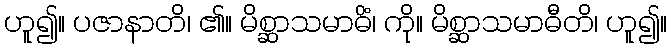
ဟူ၍။ ပဇာနာတိ၊ ၏။ မိစ္ဆာသမာဓိံ၊ ကို။ မိစ္ဆာသမာဓီတိ၊ ဟူ၍။